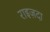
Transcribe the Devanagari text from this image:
राइज़दा